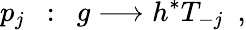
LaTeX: p_{j}\ \ :\ \ g\longrightarrow h^{*}T_{-j}\ \ ,